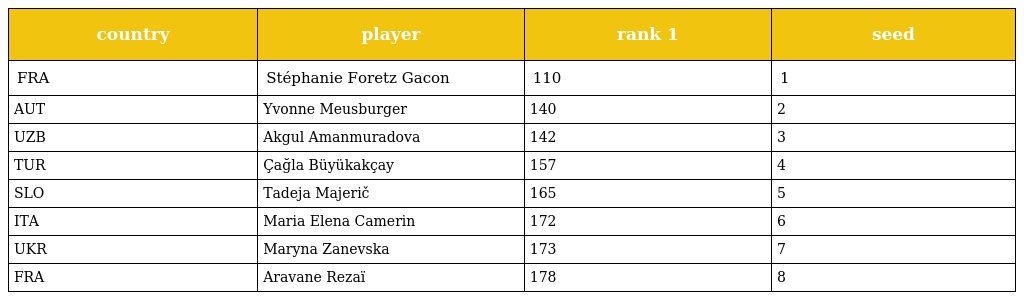
| country | player | rank 1 | seed |
 | --- | --- | --- | --- |
 | FRA | Stéphanie Foretz Gacon | 110 | 1 |
 | AUT | Yvonne Meusburger | 140 | 2 |
 | UZB | Akgul Amanmuradova | 142 | 3 |
 | TUR | Çağla Büyükakçay | 157 | 4 |
 | SLO | Tadeja Majerič | 165 | 5 |
 | ITA | Maria Elena Camerin | 172 | 6 |
 | UKR | Maryna Zanevska | 173 | 7 |
 | FRA | Aravane Rezaï | 178 | 8 |